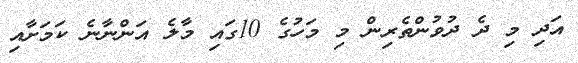
އަދި މި ދެ ދުވުންތެރިން މި މަހުގެ 10ގައި މާލެ އަންނާނެ ކަމަށާއި